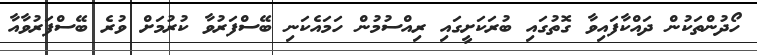
ހޯދުންތަކުން ދައްކާފައިވާ ގޮތުގައި ބުރަކަށީގައި ރިއްސުމުން ހަމައެކަނި ބޭސްފަރުވާ ކުރުމަށް ވުރެ ބޭސްފަރުވާއާ